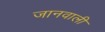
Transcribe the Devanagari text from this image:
जानवाली